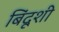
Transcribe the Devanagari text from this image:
बिंदूशी